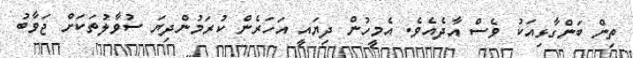
ތިން ބަންގާޅިއަކު ވެސް އާދެއެވެ. އެމީހުން ދިޔައީ އަހަރެން ކުރަމުންދިޔަ ސުވާލުތަކަށް ޖަވާބު